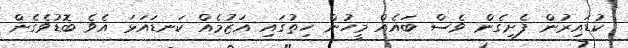
ކުޑައިރުން ފެށިގެން ވެސް ބައެއް މީހުން ހިތުގައި އަޒުމެއް ކަނޑައަޅަ އެވެ ބޮޑުވެގެން